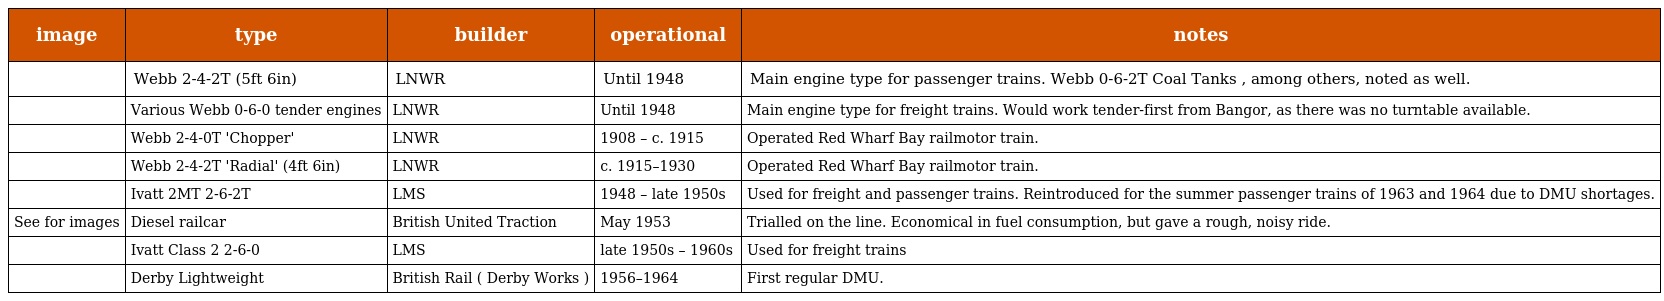
| image | type | builder | operational | notes |
 | --- | --- | --- | --- | --- |
 |  | Webb 2-4-2T (5ft 6in) | LNWR | Until 1948 | Main engine type for passenger trains. Webb 0-6-2T Coal Tanks , among others, noted as well. |
 |  | Various Webb 0-6-0 tender engines | LNWR | Until 1948 | Main engine type for freight trains. Would work tender-first from Bangor, as there was no turntable available. |
 |  | Webb 2-4-0T 'Chopper' | LNWR | 1908 – c. 1915 | Operated Red Wharf Bay railmotor train. |
 |  | Webb 2-4-2T 'Radial' (4ft 6in) | LNWR | c. 1915–1930 | Operated Red Wharf Bay railmotor train. |
 |  | Ivatt 2MT 2-6-2T | LMS | 1948 – late 1950s | Used for freight and passenger trains. Reintroduced for the summer passenger trains of 1963 and 1964 due to DMU shortages. |
 | See for images | Diesel railcar | British United Traction | May 1953 | Trialled on the line. Economical in fuel consumption, but gave a rough, noisy ride. |
 |  | Ivatt Class 2 2-6-0 | LMS | late 1950s – 1960s | Used for freight trains |
 |  | Derby Lightweight | British Rail ( Derby Works ) | 1956–1964 | First regular DMU. |